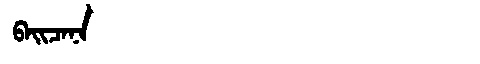
Manchu: ᠪᠠᡳᠴᠠᠨᠠ
Romanization: BAICANA